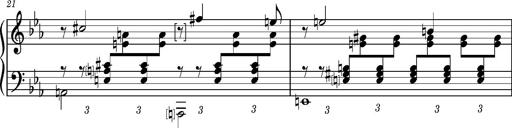
Title: PrÃ©ludes et Harmonies poÃ©tiques et religieuses
Composer: Franz Liszt